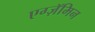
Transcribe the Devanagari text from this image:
एग्ज़ॅमिन